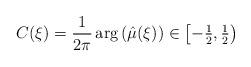
LaTeX: \begin{align*} C(\xi) = \frac{1}{2\pi} \arg \left( \hat{\mu}(\xi) \right) \in \textstyle{\left[ -\frac{1}{2}, \frac{1}{2} \right)}\end{align*}